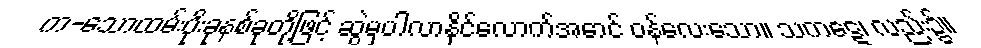
က-သောထမ်းပိုးခုနစ်ခုတို့ဖြင့် ဆွဲမှပါလာနိုင်လောက်အောင် ဝန်လေးသော။ သကဋေ၊ လည်း၌။